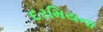
દરમિયના